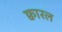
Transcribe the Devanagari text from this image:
क्वारल